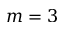
m = 3